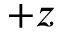
+ z